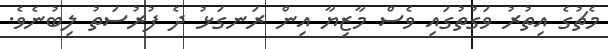
މެޗުގެ އިތުރު ވަގުތުގައި ވެސް މާޒިޔާ އިން ރަނގަޅު ދެ ފުރުސަތު ލިބުނެވެ.